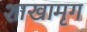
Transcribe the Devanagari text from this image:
शाखामृग